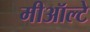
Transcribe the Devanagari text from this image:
मीऑल्टे